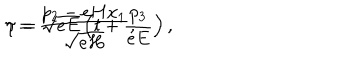
LaTeX: \eta = \frac { p _ { 2 } - e H x _ { 1 } } { \sqrt { e H } } , \hspace { 0 . 5 i n } \tau = \sqrt { e E } \left( t + \frac { p _ { 3 } } { e E } \right) ,